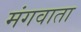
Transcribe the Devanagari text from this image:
मंगवाता